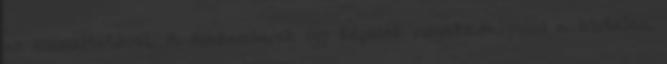
az üzemeltetővel. A szakemberek így képesek megakadályozni a hirtelen,